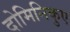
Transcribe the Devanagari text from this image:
दोमिनिकुए